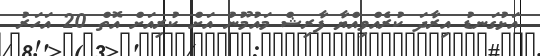
އަޅުގަނޑު އިރާދަ ކުރެއްވިއްޔާ ފާރިޝް މައުމޫނު އަށް ކުރިއަށް އޮތް 20 އަހަރު